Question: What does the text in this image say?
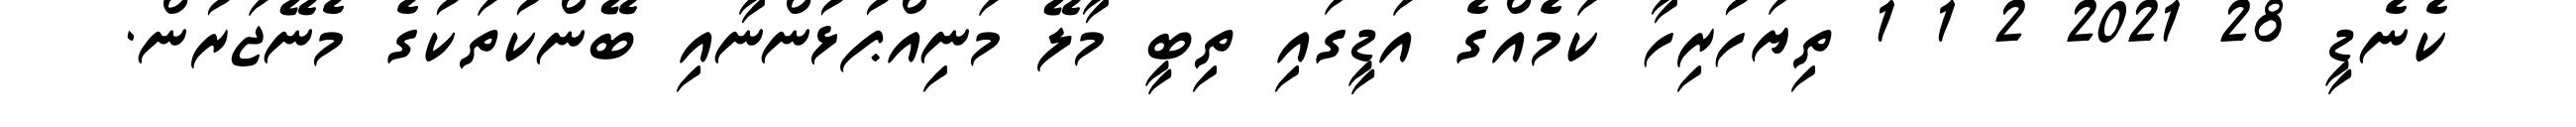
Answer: ކެނެޑީ 28 2021 2 1 1 ތިޔަހުރިހާ ކަމެއްގެ އަޑީގައި ތިބީ މާލޭ މަނިއްޕުޅުންނާއި ބޭންކުތަކުގެ މެނޭޖަރުން.